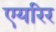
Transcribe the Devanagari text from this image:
एयरिर